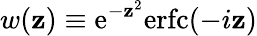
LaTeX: w(\mathbf{z})\equiv\mathrm{{e}}^{-\mathbf{z}^{2}}\mathrm{{erfc}}(-i\mathbf{z})